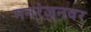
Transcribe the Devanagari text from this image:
मनरंजनवर